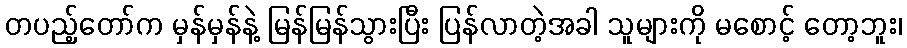
တပည့်တော်က မှန်မှန်နဲ့ မြန်မြန်သွားပြီး ပြန်လာတဲ့အခါ သူများကို မစောင့် တော့ဘူး၊